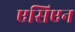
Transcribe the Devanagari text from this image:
एसिएन